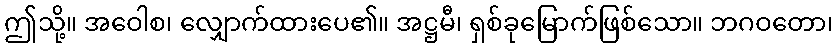
ဤသို့။ အဝေါစ၊ လျှောက်ထားပေ၏။ အဋ္ဌမီ၊ ရှစ်ခုမြောက်ဖြစ်သော။ ဘဂဝတော၊